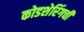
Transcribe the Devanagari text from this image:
कोडशेरिंगची